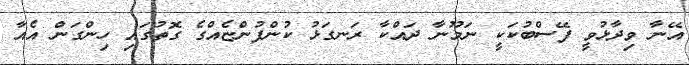
އޭނާ ވިދާޅުވީ ފޭސްބުކަކީ ނަމޫނާ ދައްކާ ރަނގަޅު ކުންފުންޏެއްގެ ގޮތުގައި ހިންގަން އެއާ